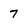
Character: 7